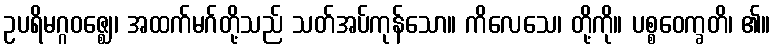
ဥပရိမဂ္ဂဝဇ္ဈေ၊ အထက်မဂ်တို့သည် သတ်အပ်ကုန်သော။ ကိလေသေ၊ တို့ကို။ ပစ္စဝေက္ခတိ၊ ၏။